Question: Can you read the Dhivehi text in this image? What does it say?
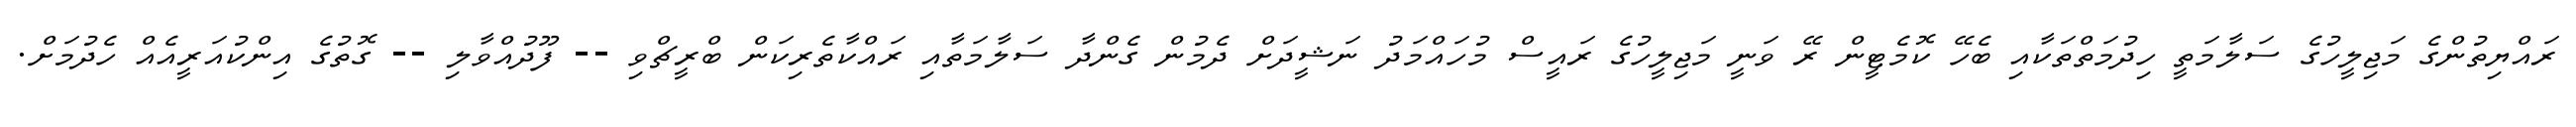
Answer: ރައްޔިތުންގެ މަޖިލީހުގެ ސަލާމަތީ ހިދުމަތްތަކާއި ބެހޭ ކޮމެޓީން ރޭ ވަނީ މަޖިލީހުގެ ރައީސް މުހައްމަދު ނަޝީދަށް ދެމުން ގެންދާ ސަލާމަތާއި ރައްކާތެރިކަން ބްރީޗްވި -- ފޫދުއްވާލި -- ގޮތުގެ އިންކުއަރީއެއް ހެދުމަށް.